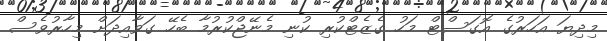
މިދިޔަ އަހަރުގެ އޮގަސްޓް މަހު ގެޒެޓްކުރި ކުނި މެނޭޖްކުރުމާ ބެހޭ ގަވާއިދަށް މިހާރުވެސް